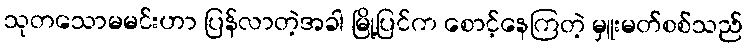
သုတသောမမင်းဟာ ပြန်လာတဲ့အခါ မြို့ပြင်က စောင့်နေကြတဲ့ မှူးမတ်စစ်သည်